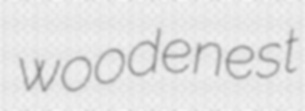
woodenest